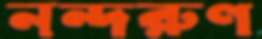
নন্দরুণ